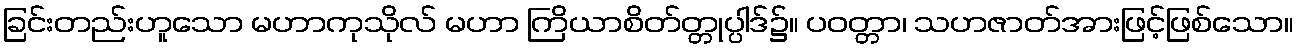
ခြင်းတည်းဟူသော မဟာကုသိုလ် မဟာ ကြိယာစိတ်တ္တုပ္ပါဒ်၌။ ပဝတ္တာ၊ သဟဇာတ်အားဖြင့်ဖြစ်သော။